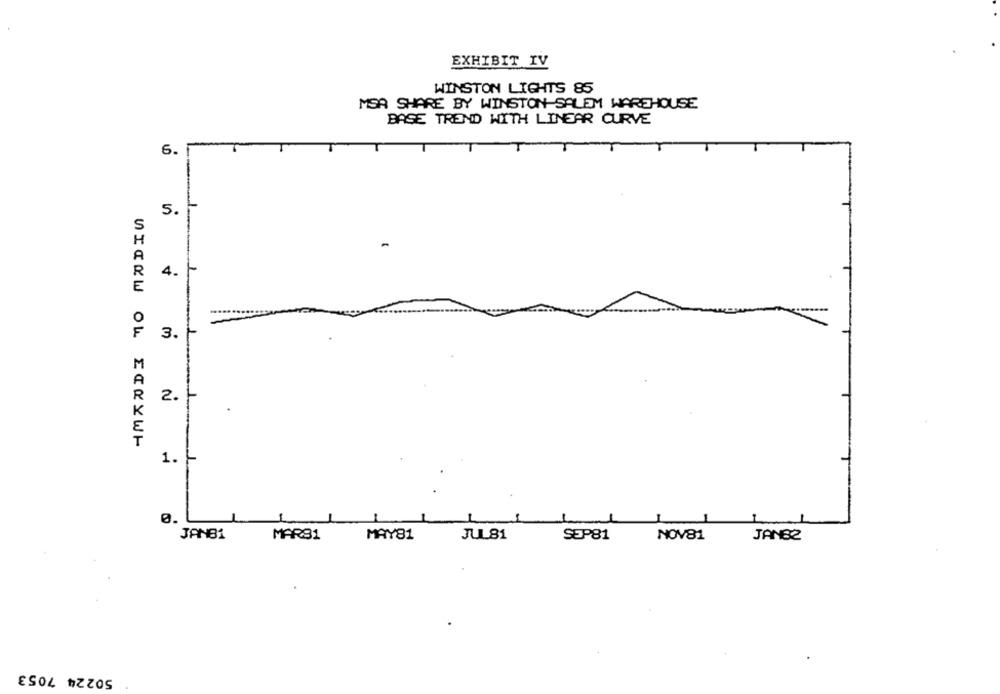
EXHIBIT IV
WINSTON LIGHTS 85
MER SHARE BY WINSTON SALEM WAREHOUSE
BASE TREND WITH LINEAR CURVE
T
6. 1
5.
4.
F
3.
R
2.
WICEW OL ERKYWH
1. -
1
JANB1
MARS1
MAY81
JUL81
SEP81
NOV81
JAN82
50224 7053